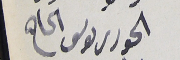
الحورى ىوسف الحاج